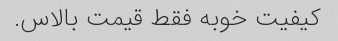
کیفیت خوبه فقط قیمت بالاس.